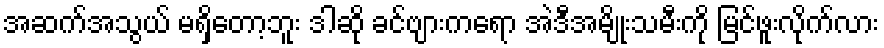
အဆက်အသွယ် မရှိတော့ဘူး ဒါဆို ခင်ဗျားကရော အဲဒီအမျိုးသမီးကို မြင်ဖူးလိုက်လား